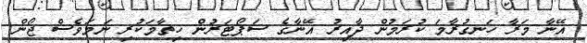
އޭނާ މަރާ ހަނގުރާމަ ކުރަމުން ދާއިރު އޭނާގެ ސަޕޯޓަރުން ހިތާމަކުރި ނަމަވެސް ޖޯން